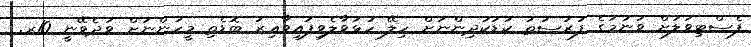
ފެސްޓިވަލަށް ވަނުމުގެ ފުރުސަތު ކުޑަކުދިންނަށް ހިލޭ ހުޅުވާލެވިފައިވާޢިރު ބޮޑެތި މީހުންނަށް ވަދެވޭނީ 10ރ.